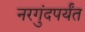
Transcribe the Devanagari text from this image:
नरगुंदपर्यंत